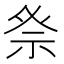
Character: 𮁨